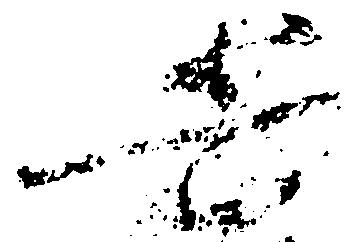
兵